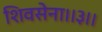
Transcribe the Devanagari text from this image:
शिवसेना।।३।।